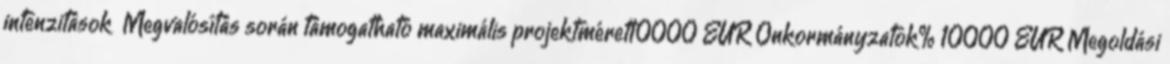
intenzitások ▪Megvalósítás során támogatható maximális projektméret10000 EUR▪Önkormányzatok% 10000 EUR▪Megoldási